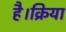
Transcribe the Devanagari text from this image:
है।क्रिया